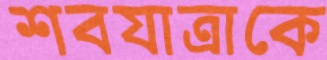
শবযাত্রাকে